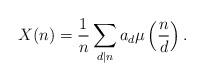
LaTeX: \begin{align*}X(n)=\frac{1}{n}\sum_{d|n}a_d\mu\left(\frac{n}{d}\right).\end{align*}